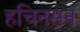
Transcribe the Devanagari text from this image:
हचिनसन